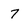
Character: 7